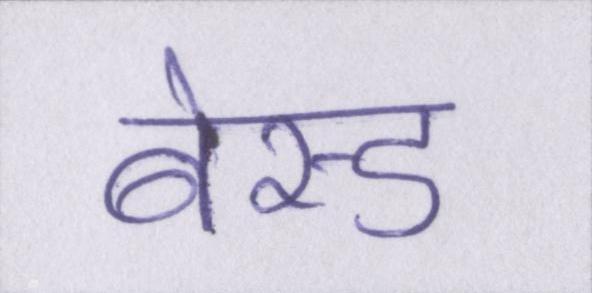
बेस्ड